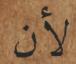
لأن